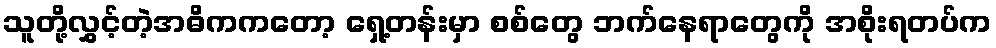
သူတို့လွှင့်တဲ့အဓိကကတော့ ရှေ့တန်းမှာ စစ်တွေ ဘက်နေရာတွေကို အစိုးရတပ်က